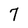
Character: 7